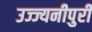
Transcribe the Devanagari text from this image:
उज्ज्यनीपुरी